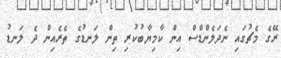
ރޭގެ މެޗުގައި ނެދަލެންޑްސް އިން ކާމިޔާބުކުރި ތިން ލަނޑުގެ ތެރެއިން ދެ ލަނޑު